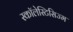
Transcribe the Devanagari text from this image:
स्कॉलेस्टिसिज्म